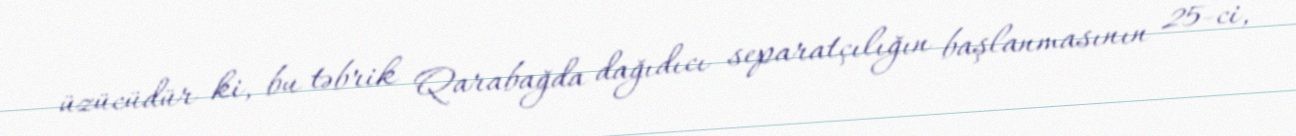
üzücüdür ki, bu təbrik Qarabağda dağıdıcı separatçılığın başlanmasının 25-ci,